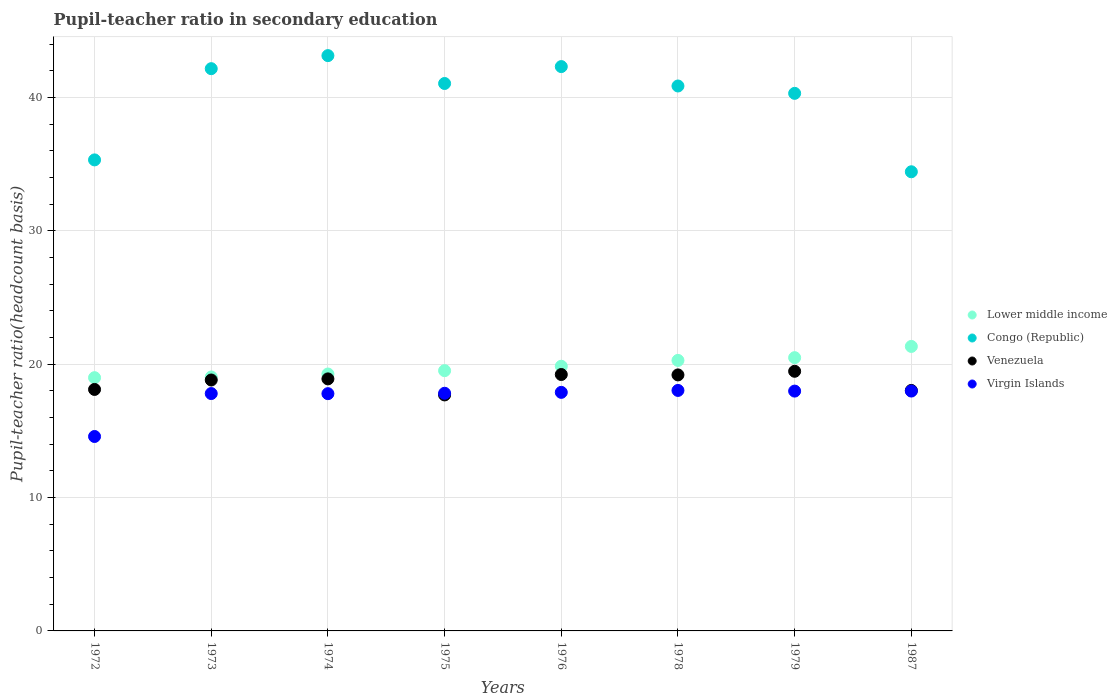
| Years | Lower middle income | Congo (Republic) | Venezuela | Virgin Islands |
 | --- | --- | --- | --- | --- |
 | 1972 | 19 | 35.3 | 18.1 | 14.6 |
 | 1973 | 19 | 42.2 | 18.8 | 17.8 |
 | 1974 | 19.3 | 43.1 | 18.9 | 17.8 |
 | 1975 | 19.5 | 41 | 17.7 | 17.8 |
 | 1976 | 19.8 | 42.3 | 19.2 | 17.9 |
 | 1978 | 20.3 | 40.9 | 19.2 | 18 |
 | 1979 | 20.5 | 40.3 | 19.5 | 18 |
 | 1987 | 21.3 | 34.4 | 18 | 18 |